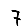
Digit: 7